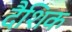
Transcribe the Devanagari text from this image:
दैशिक